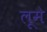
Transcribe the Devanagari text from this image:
लूमे